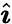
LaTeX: \hat{\boldsymbol{\imath}}